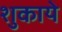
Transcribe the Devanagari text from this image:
शुकाये